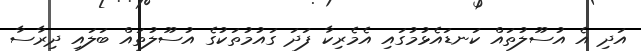
އަދި އެ އުސޫލުތައް ކަނޑައެޅުމުގައި އެމެރިކާ ފަދަ ގައުމުތަކުގެ އުސޫލުތައް ބަލައި ދިރާސާ